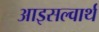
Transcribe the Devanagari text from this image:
आइसल्वार्थ